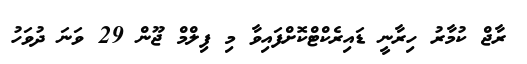
ރާޖް ކުމާރު ހިރާނީ ޑައިރެކްޓްކޮށްފައިވާ މި ފިލްމް ޖޫން 29 ވަނަ ދުވަހު